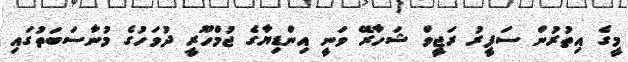
މީގެ އިތުރުން ސަފީރު ރަޖީވް ޝަހާރޭ ވަނީ އިންޑިޔާގެ ޖުމްހޫރީ ދުވަހުގެ މުނާސަބަތުގައި